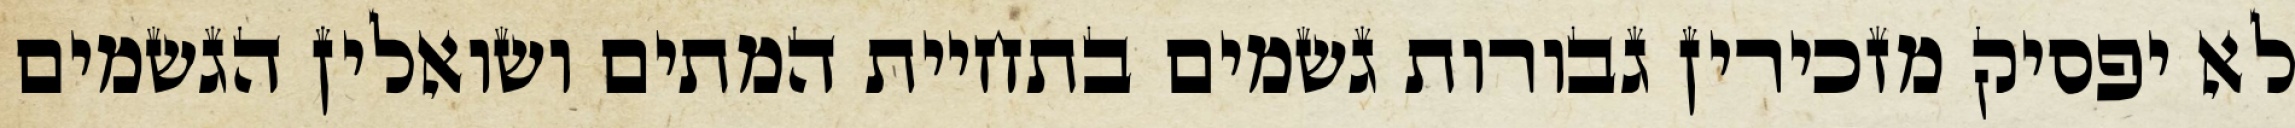
לא יפסיק מזכירין גבורות גשמים בתחיית המתים ושואלין הגשמים